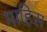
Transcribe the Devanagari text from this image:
माहिस